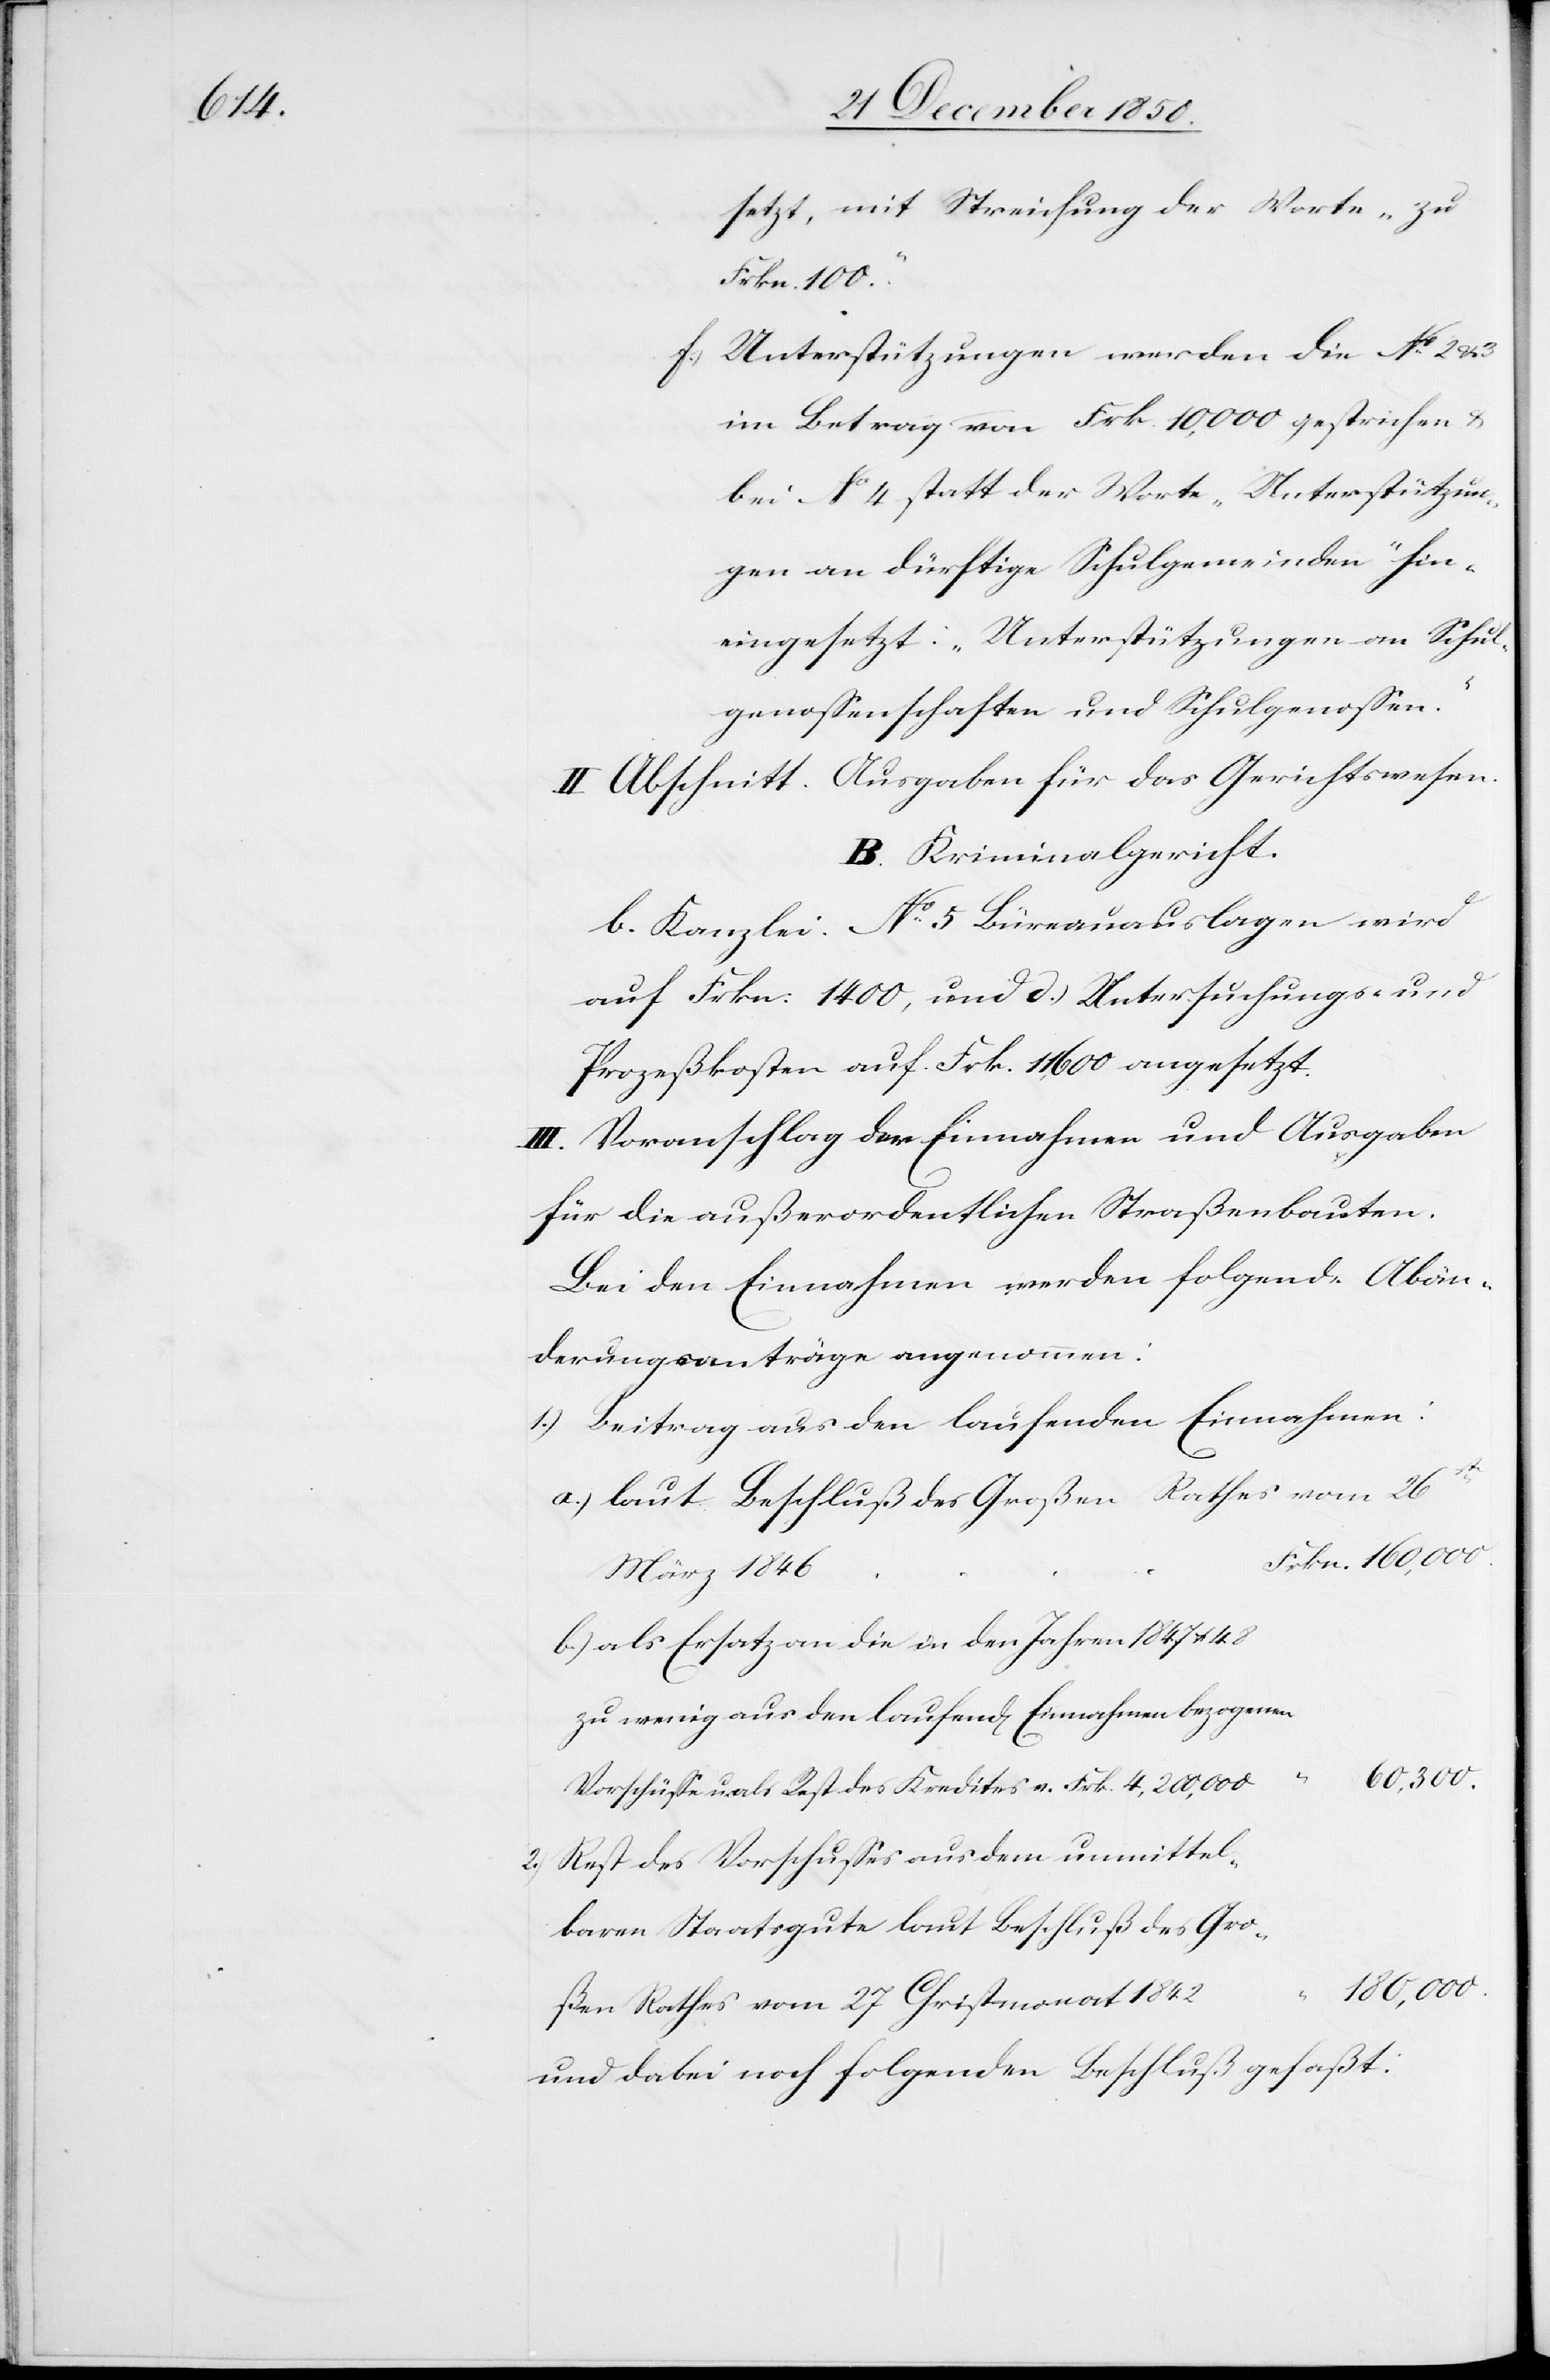
setzt, mit Streichung der Worte „zu
Frkn. 100.“
f.) Unterstützungen werden die No 2 u.
im Betrag von Frk. 10,000 gestrichen u.
bei No 4 statt der Worte „Unterstützun¬
gen an dürftige Schulgemeinden“ hin¬
eingesetzt: „Unterstützungen an Schul¬
genossenschaften und Schulgenossen.“
II. Abschnitt. Ausgaben für das Gerichtswesen.
B. Kriminalgericht.
b. Kanzlei. No 5 Büreauauslagen wird
auf Frkn. 1400, und d.) Untersuchungs- und
Prozeßkosten auf Frk. 11,600 angesetzt.
III. Voranschlag der Einnahmen und Ausgaben
für die außerordentlichen Straßenbauten.
Bei den Einnahmen werden folgende Abän¬
derungsanträge angenommen:
1.) Beitrag aus den laufenden Einnahmen:
a.) laut Beschluß des Großen Rathes vom 26st
b.) als Ersatz an die in den Jahren 1847 u. 48
zu wenig aus den 	laufend[en] Einnahmen bezogenen
Vorschüsse u. als Rest des 	Kredites v. Frk. 4,200,000							“ 60,300.
2.) Rest des Vorschusses aus dem unmittel¬
baren Staatsgute laut 	Beschluß des Gro¬
180,000
ßen Rathes vom 27 Christmonat
und dabei noch folgenden Beschluß gefaßt: